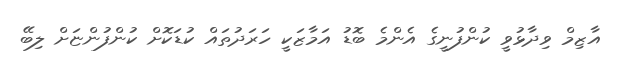
އާޒިމް ވިދާޅުވީ ކުންފުނީގެ އެންމެ ބޮޑު އަމާޒަކީ ހަރަދުތައް ކުޑަކޮށް ކުންފުންޏަށް ލިބޭ